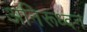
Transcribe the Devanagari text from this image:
अनिरूध्दन